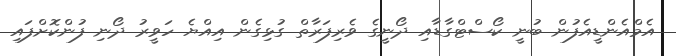
އެމްއެންޑީއެފުން ބުނީ ކޯސްޓްގާޑާއި ދޯނީގެ ވެރިފަރާތް ގުޅިގެން އިއްޔެ ހަވީރު ދޯނި ފުންކޮށްފައި